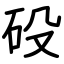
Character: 砓